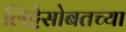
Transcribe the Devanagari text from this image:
लिट्टेसोबतच्या